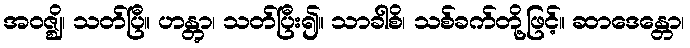
အဝဇ္ဈိ၊ သတ်ပြီ။ ဟန္တွာ၊ သတ်ပြီး၍။ သာခါစိ၊ သစ်ခက်တို့ဖြင့်။ ဆာဒေန္တော၊